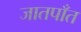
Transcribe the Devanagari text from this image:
जातपाँत